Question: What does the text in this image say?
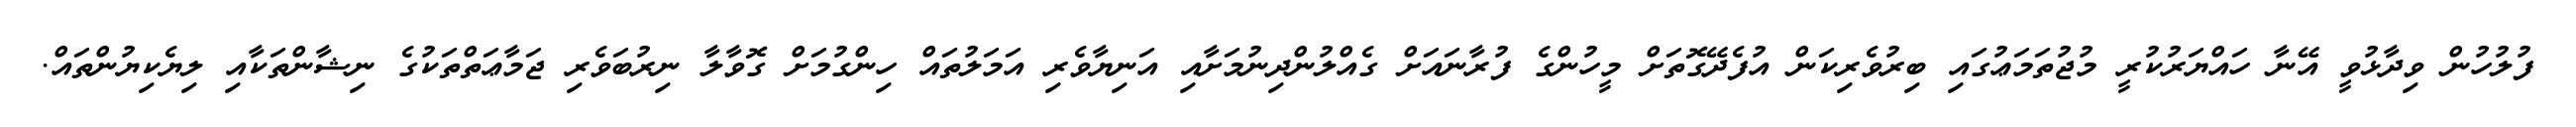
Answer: ފުލުހުން ވިދާޅުވީ އޭނާ ހައްޔަރުކުރީ މުޖުތަމަޢުގައި ބިރުވެރިކަން އުފެދޭގޮތަށް މީހުންގެ ފުރާނައަށް ގެއްލުންދިނުމަށާއި އަނިޔާވެރި އަމަލުތައް ހިންގުމަށް ގޮވާލާ ނިރުބަވެރި ޖަމާޢަތްތަކުގެ ނިޝާންތަކާއި ލިޔެކިޔުންތައް.